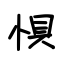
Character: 惧